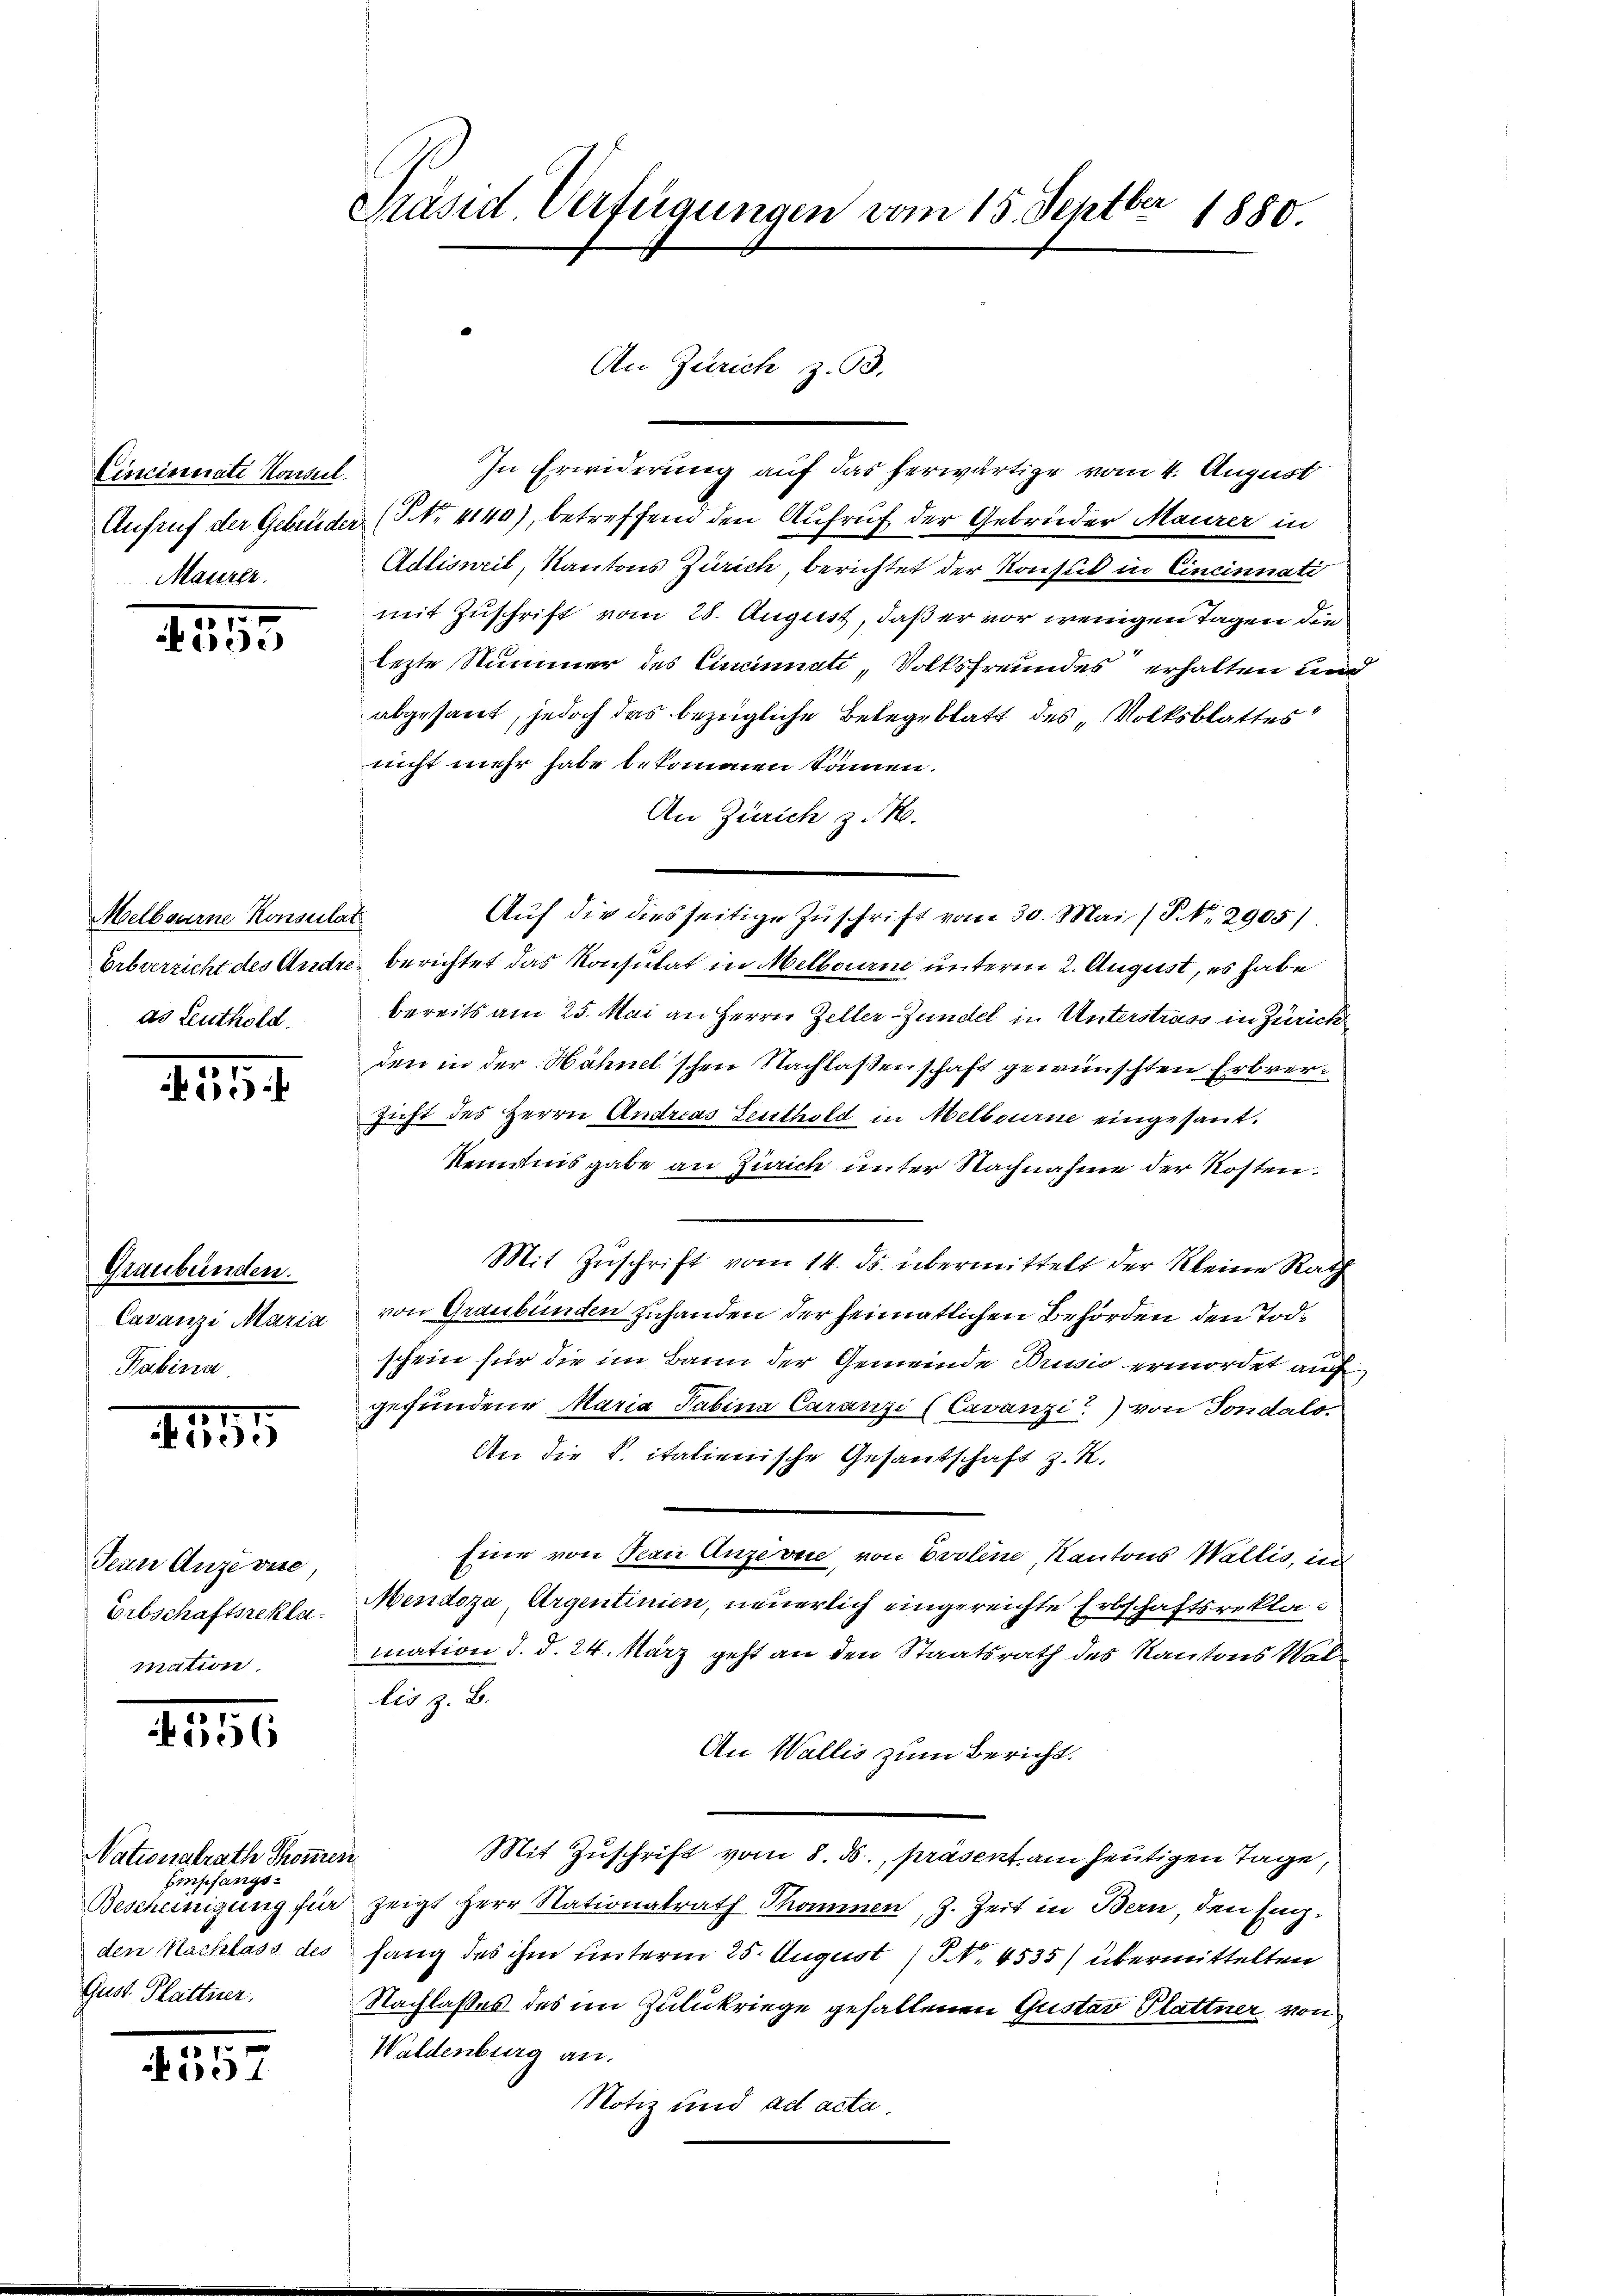
Cincinate Konsul
Maurer.

2535

Melbourne Konsulat
as Leuthold.

15191

Graubünden.
Casanzi Maria
Kabina.

4

Jean Anzevue,
Erbschaftsreklamation.

2

Nationalrath Thomen
Einpfangs¬
Bescheinigung für
den Nachlass des
Gust Plattner.

4557

Ver
Präsid. Verfügungen vom 15. Sept. 1880.

In Erwiderung auf das herwärtige vom 4. August
Aufruf der Gebrüder (P. Nr. 4140), betreffend den Aufruf der Gebrüder Maurer in
Adlisweil, Kantons Zürich, berichtet der Konsul in Cincinnati
mit Zuschrift vom 28. August, daß er vor wenigen Tagen die
lezte Nummer des Cincinati, Volksfreundes erhalten und
abgesant, jedoch das bezügliche Belege blatt des „Volksblattes
nicht mehr habe bekommen können.
An Zürich z. No.
Auf die diesseitige Zuschrift vom 30. Mai (NNo. 2905)
Erbverzicht des Andre berichtet das Konsulat in Melbourne unterm 2. August, es habe
bereits am 25. Mai an Herrn Zeller Zündel in Unterstrass in Zürich
den in der Hähnel schen Nachlassenschaft gewünschten Erbrersicht des Herrn Andreas Leuthold in Melbourne eingesant.
keinens gabe an Zirich unter Nachnahme der Kosten.
Mit Zuschrift vom 14. ds. übermittelt der Kleine Rath
von Graubünden zuhanden der heimatlichen Behörden den Todschein für die im Bann der Gemeinde Brussio ermordet auf
gefundene Maria Sabina Caranzi (Cavanzi) von Fondals.
An die k. italienische Gesantschaft z. K.
Eine von Nean Anziven, von Evoline, Kantons Wallis, in
Mendoza Argentinien, neuerlich eingereichte Erbschaftsreklamation d. d. 24. März geht an den Staatsrath des Kantons Not
lis z. B.
An Wallis zum Bericht.
Mit Zuschrift vom 8. ds., präsent am heutigen Tage,
 zeigt Herr Nationalrath Thommen, z. Zeit in Bern, den Engfang des ihm unterm 25. August / NNo. 4535) übermittelten
Nachlasses des im Zulukriege gehaltenen Gustav Plattner von
Waldenburg an.
Notiz und ad acta

An Zürich z. 93.